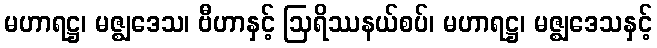
မဟာရဋ္ဌ၊ မဇ္ဈဒေသ၊ ဗီဟာနှင့် ဩရိဿနယ်စပ်၊ မဟာရဋ္ဌ၊ မဇ္ဈဒေသနှင့်